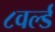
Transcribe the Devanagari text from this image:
८वर्ल्ड